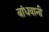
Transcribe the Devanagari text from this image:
बांधवानी